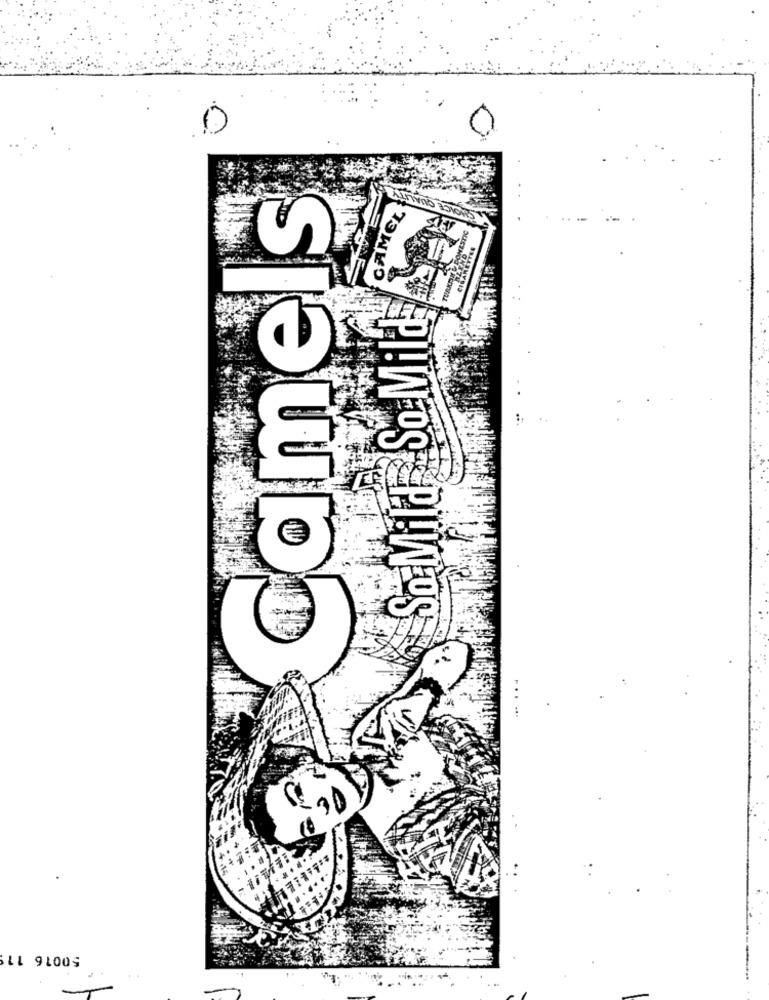
0
Camels
CAMEL
CIGARETTES
So Mila So Mild
JUSTNOS A korvar
......
11 91009